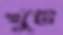
খুঁট